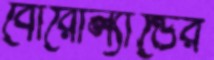
বোরোল্যান্ডের